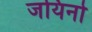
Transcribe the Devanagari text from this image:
जयिनो